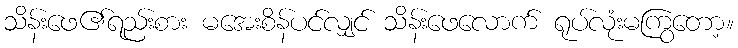
သိန်းဖေ၏ရည်းစား မအေးစိန်ပင်လျှင် သိန်းဖေလောက် ရုပ်လုံးမကြွတော့။